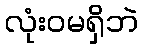
လုံးဝမရှိဘဲ